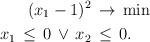
LaTeX: \begin{align*}(x_1-1)^2&\,\to\,\min\\x_1\,\leq\,0\,\lor\,x_2&\,\leq\,0.\end{align*}